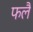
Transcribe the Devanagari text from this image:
फलै